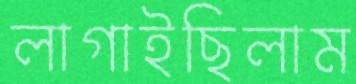
লাগাইছিলাম